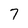
Character: 7